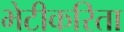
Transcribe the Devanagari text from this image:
भेटीकरिता